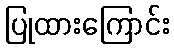
ပြုထားကြောင်း